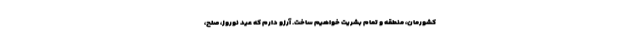
کشورمان، منطقه و تمام بشریت خواهیم ساخت. آرزو دارم که عید نوروز، صلح،